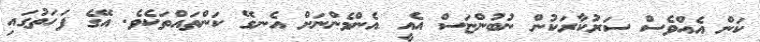
ކަން އެއްވެސް ސަރުކާރަކުން ނުބުންޏަސް އެއީ އެންމެންނަށް އެނގޭ ކަންތައްތަކެވެ. އޭގެ ފަހަތުގައި